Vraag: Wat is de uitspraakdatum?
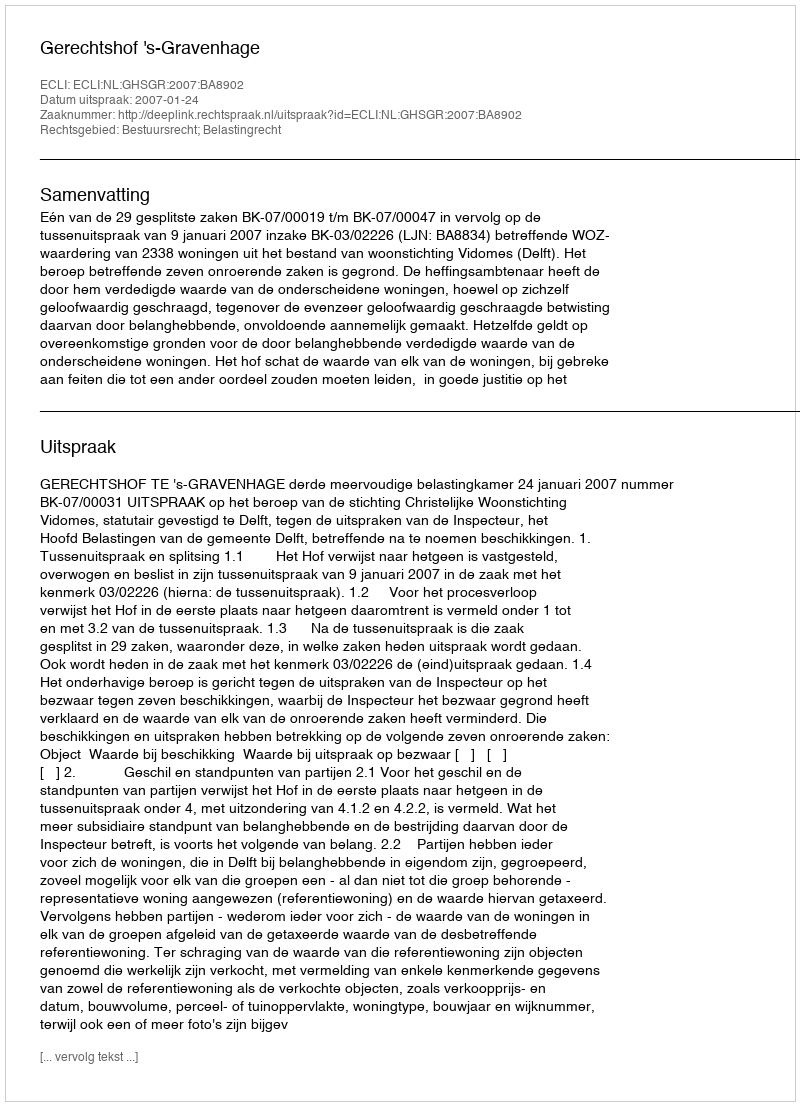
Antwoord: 2007-01-24